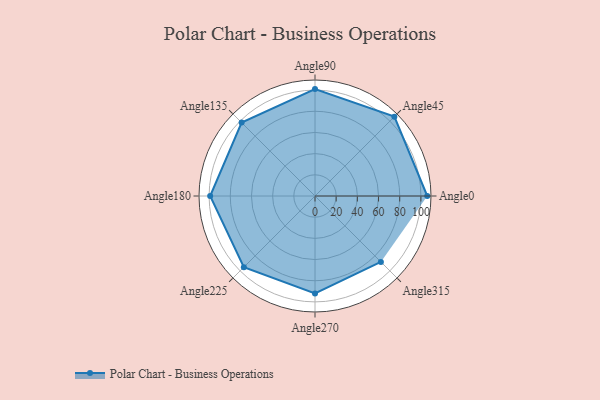
{"axis": {"x": "Angle", "y": "Radius"}, "legend": [""], "data": [{"x": "Angle0", "y": 106.0, "type": ""}, {"x": "Angle45", "y": 106.0, "type": ""}, {"x": "Angle90", "y": 101.0, "type": ""}, {"x": "Angle135", "y": 98.0, "type": ""}, {"x": "Angle180", "y": 99.0, "type": ""}, {"x": "Angle225", "y": 95.0, "type": ""}, {"x": "Angle270", "y": 92.0, "type": ""}, {"x": "Angle315", "y": 88.0, "type": ""}]}